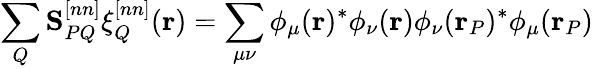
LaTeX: \sum_{Q}\mathbf S_{PQ}^{[nn]}\xi_{Q}^{[nn]}(\mathbf{r})=\sum_{\mu\nu}\phi_{\mu}(\mathbf{r})^{*}\phi_{\nu}(\mathbf{r})\phi_{\nu}(\mathbf{r}_{P})^{*}\phi_{\mu}(\mathbf{r}_{P})